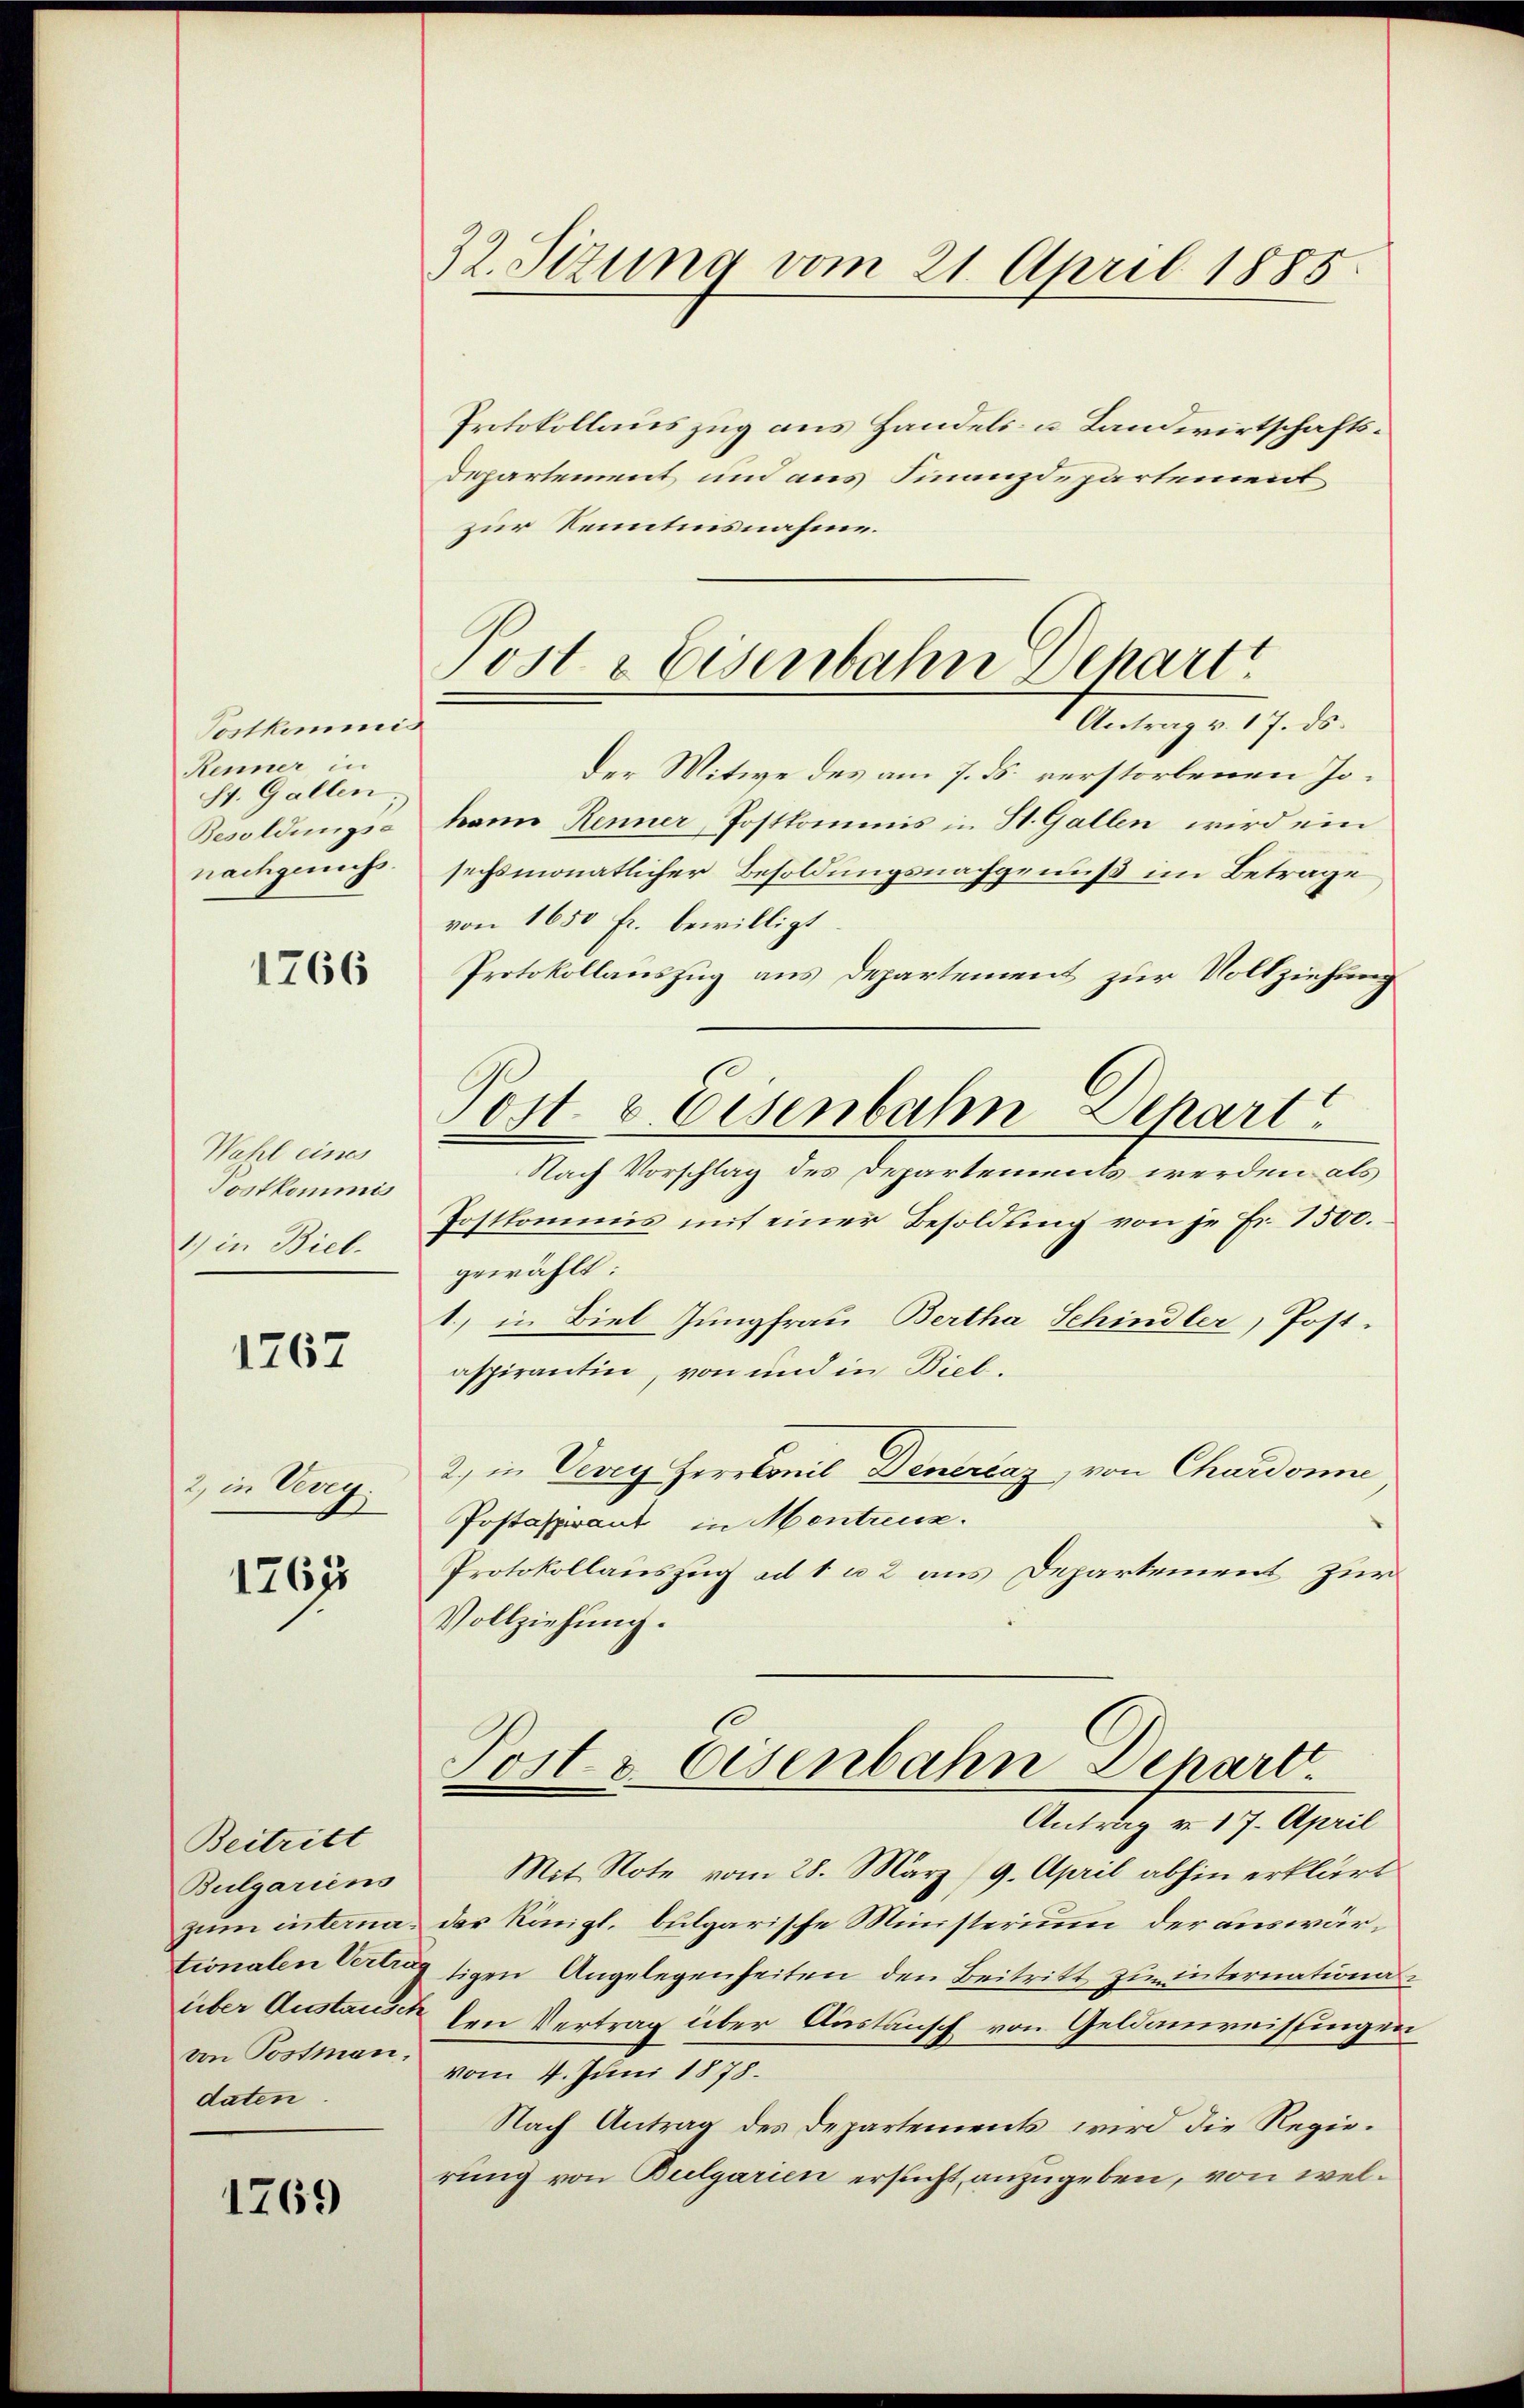
Postkommis
Renner in
ht. Gallen
Besoldungsa
nachgenuss.

1766

Wahl eines
Postkommis
1) in Biel-

1767

2, in Veven.
2

12671

Beitritt
Bulgariens
daten.

1769

32. Sizung vom 21. April 1885.

Protokollauszug aus Handels- u. Landwirtschafts¬
Departement und aus Finanzdepartement
zur Kenntnisnahme.
Antrag v. 17. ds.
der Mitwe des am 7. ds. verstorbenen Jokann Renner, Postkommis in St. Gallen wird ein
sechsmonatlicher Besoldungsnachgenuß im Betrage
von 1650 Fr. bewilligt
Protokollauszug aus Departement zur Vollziehung
Post- & Eisenbahn Depart
Nach Vorschlag des Departements werden als
Postkommnis mit einer Besoldung von je Fr. 1500.
gewählt:
1) in Biel Jungfrau Bertha Schindler, Post-
aspirantin, von und in Biel.
2) in Vevey Herrlonis Deneraz, von Chardonne
Postaspirant in Mentreuz.
Protokollauszug ad 1 u 2 aus Departement zur
Vollziehung.

Post & Eisenbahn Behart

Post & Eisenbahn Depart.
Antrag v. 17. April

Mit Note vom 28. März 9. April abhin erklärt
zum interna, der Königl. bulgarische Ministerium der auswärtionalen Vertrag sigen Angelegenheiten den Beitritt zu internationa
über Austause den Vertrag über Austausch von Geldanweissingen
von Postman, 4. Juni 1878.
Nach Antrag des Departements wird die Regierung von Bulgarien ersucht anzugeben, von wel¬